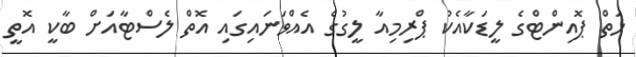
ހަތް ޕޮއިންޓްގެ ލީޑަކާއެކު ޕްރިމިއާ ލީގުގެ އެއްވަނައިގައި އޮތް ލެސްޓާއަށް ބާކީ އޮތީ